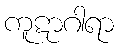
ကူဋာဂါရာ